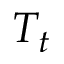
T _ { t }